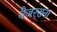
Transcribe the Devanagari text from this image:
वैजरसना